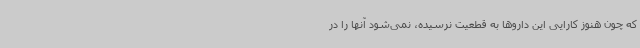
که چون هنوز کارایی این داروها به قطعیت نرسیده، نمی‌شود آنها را در